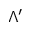
\Lambda ^ { \prime }